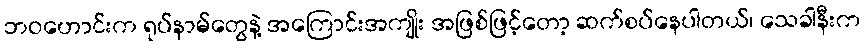
ဘဝဟောင်းက ရုပ်နာမ်တွေနဲ့ အကြောင်းအကျိုး အဖြစ်ဖြင့်တော့ ဆက်စပ်နေပါတယ်၊ သေခါနီးက